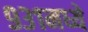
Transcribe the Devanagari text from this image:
९३१मध्ये